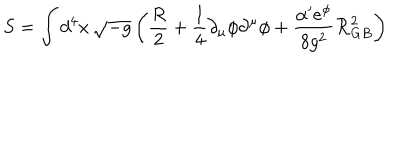
S = \int d ^ { 4 } x \, \sqrt { - g } \left( \frac { R } { 2 } + \frac { 1 } { 4 } \partial _ { \mu } \phi \partial ^ { \mu } \phi + \frac { \alpha ^ { \prime } e ^ { \phi } } { 8 g ^ { 2 } } { \cal R } _ { G B } ^ { 2 } \right)